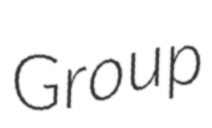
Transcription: Group